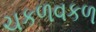
ચકળવકળ